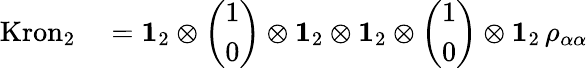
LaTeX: \begin{array}{rl}{\mathrm{Kron}_{2}}&{{}=\mathbf{1}_{2}\otimes\left(\begin{array}{l}{1}\\ {0}\end{array}\right)\otimes\mathbf{1}_{2}\otimes\mathbf{1}_{2}\otimes\left(\begin{array}{l}{1}\\ {0}\end{array}\right)\otimes\mathbf{1}_{2}\, \rho_{\alpha\alpha}}\end{array}